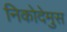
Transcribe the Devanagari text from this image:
निकोदेमुस